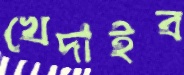
খেদাইব